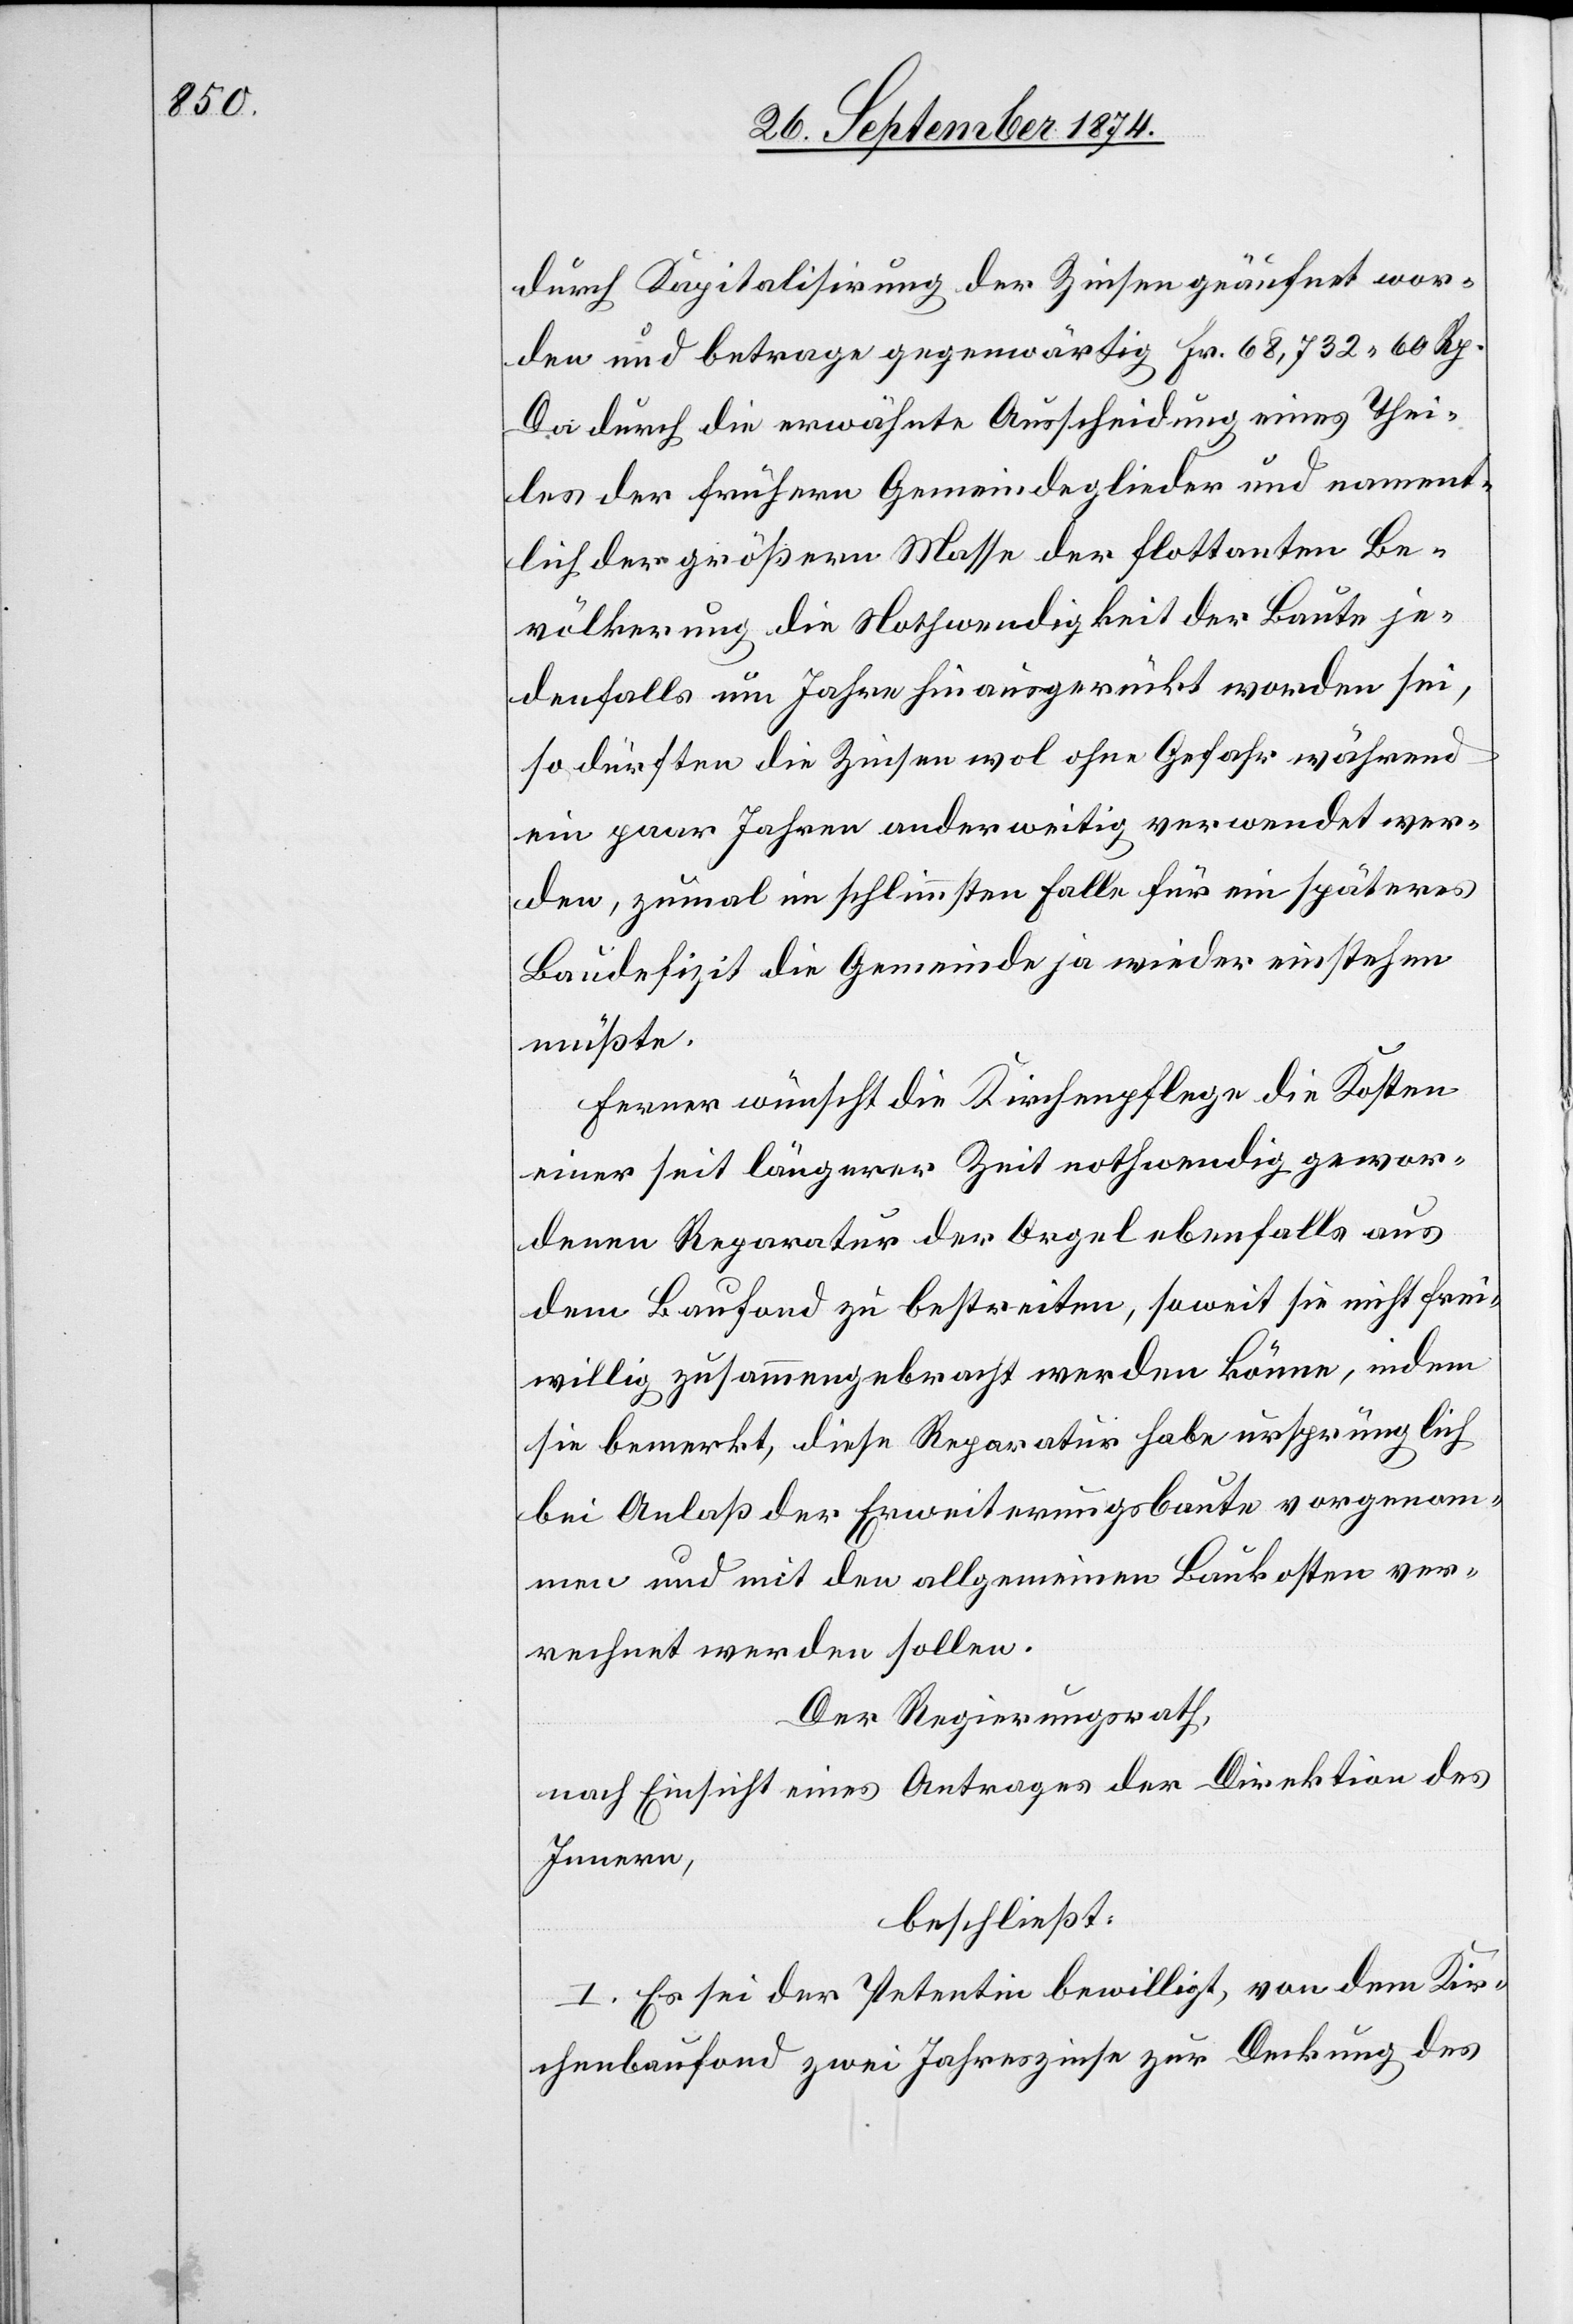
durch Kapitalisierung der Zinsen geäufnet wor¬
den und betrage gegenwärtig Fr. 68,732.60 Rp.
Da durch die erwähnte Ausscheidung eines Thei¬
les der frühern Gemeindeglieder und nament¬
lich der größern Masse der flottanten Be¬
völkerung die Nothwendigkeit der Baute je¬
denfalls um Jahre hinausgerückt worden sei,
so dürften die Zinsen wol ohne Gefahr während
ein paar Jahren anderweitig verwendet wer¬
den, zumal im schlimmsten Falle für ein späteres
Baudefizit die Gemeinde ja wieder einstehen
müßte.
Ferner wünscht die Kirchenpflege die Kosten
einer seit längerer Zeit nothwendig gewor¬
denen Reparatur der Orgel ebenfalls aus
dem Baufond zu bestreiten, soweit sie nicht frei¬
willig zusammengebracht werden könne, indem
sie bemerkt, diese Reparatur habe ursprünglich
bei Anlaß der Erweiterungsbaute vorgenom¬
men und mit den allgemeinen Baukosten ver¬
rechnet werden sollen.
Der Regierungsrath,
nach Einsicht eines Antrages der Direktion des
Innern,
beschließt:
I. Es sei der Petentin bewilligt, von dem Kir¬
chenbaufond zwei Jahreszinse zur Deckung des